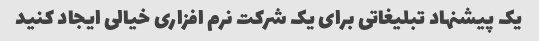
یک پیشنهاد تبلیغاتی برای یک شرکت نرم افزاری خیالی ایجاد کنید